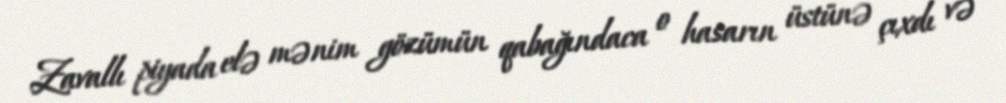
Zavallı piyada elə mənim gözümün qabağındaca o hasarın üstünə çıxdı və